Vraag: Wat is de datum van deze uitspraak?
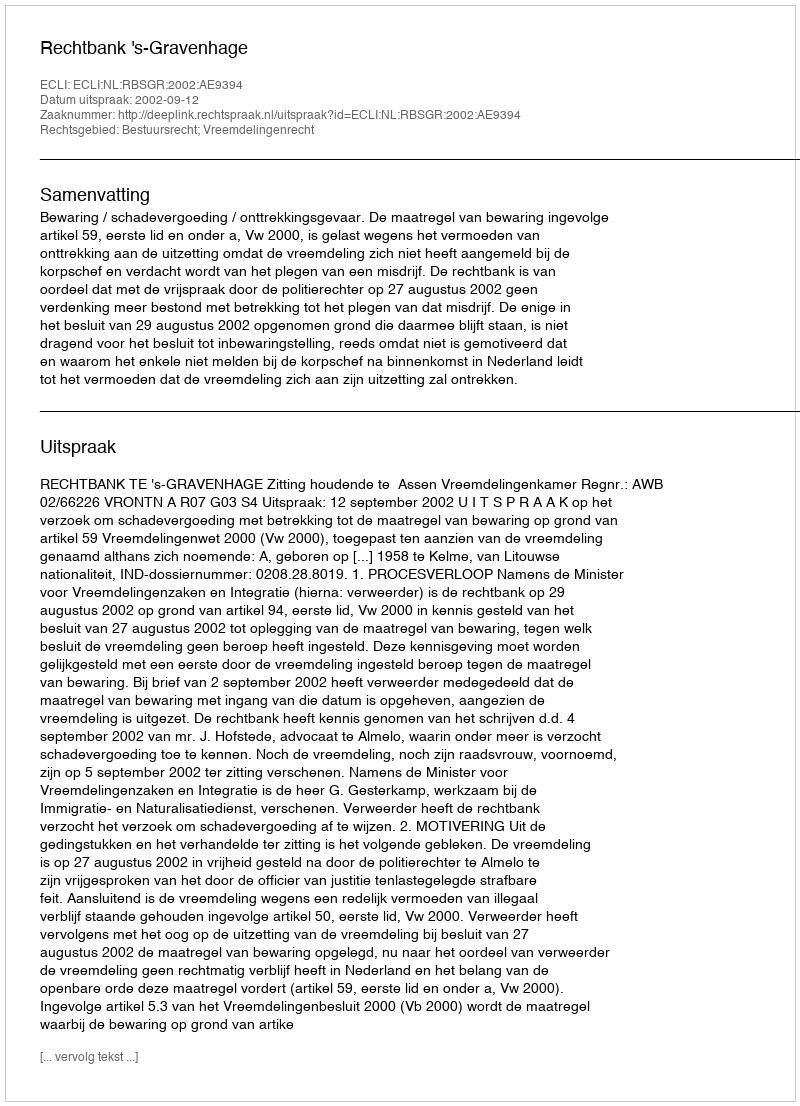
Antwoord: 2002-09-12